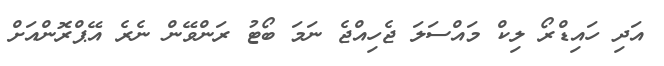
އަދި ހައިޑްރޯ ލިކް މައްސަލަ ޖެހިއްޖެ ނަމަ ބޯޓު ރަންވޭން ނެރެ އޭޕްރޮންއަށް